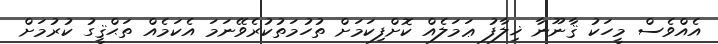
އެއްވެސް މީހަކު ޤާނޫނާ ޚިލާފު ޢަމަލެއް ކޮށްފިކަމަށް ތުހުމަތުކުރެވޭނަމަ އެކަމެއް ތަޙްޤީގު ކުރުމަށް